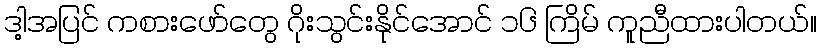
ဒါ့အပြင် ကစားဖော်တွေ ဂိုးသွင်းနိုင်အောင် ၁၆ ကြိမ် ကူညီထားပါတယ်။